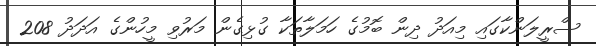
ސްރީލަންކާގައި މިއަދު ދިން ބޮމުގެ ހަމަލާތަކާ ގުޅިގެން މަރުވި މީހުންގެ އަދަދު 208